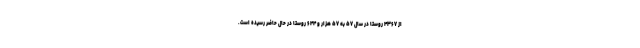
از ۴۳۶۷ روستا در سال ۵۷ به ۵۷ هزار و ۶۴۴ روستا در حال حاضر رسیده است.